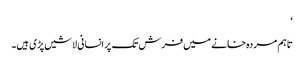
‘
تاہم مردہ خانے میں فرش تک پر انسانی لاشیں پڑی ہیں۔